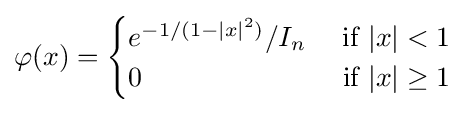
\varphi (x)={\begin{cases}e^{-1/(1-|x|^{2})}/I_{n}&{\text{ if }}|x|<1\\0&{\text{ if }}|x|\geq 1\end{cases}}